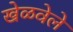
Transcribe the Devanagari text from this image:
खेळवेले